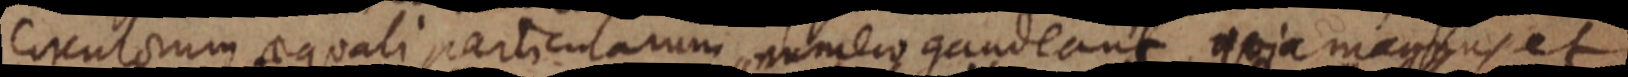
circulorum aequali particularum numero gandeant, quia magnus et